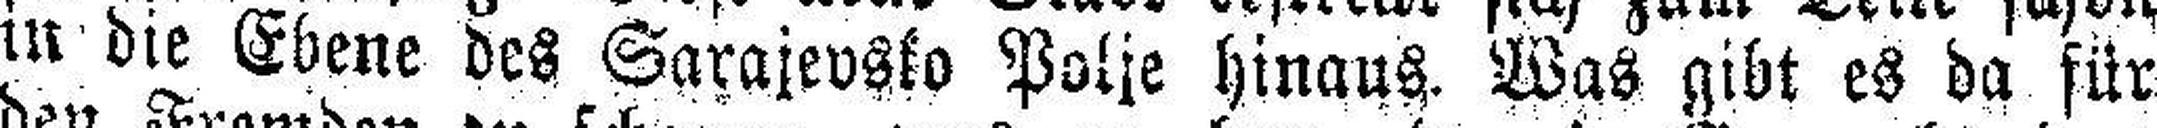
in die Ebene des Sarajevsko Polje hinaus. Was gibt es da für